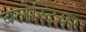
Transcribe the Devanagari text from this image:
बलेस्टियर